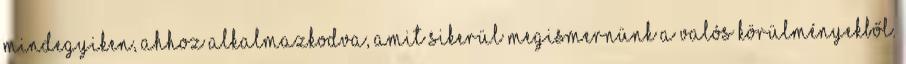
mindegyiken, ahhoz alkalmazkodva, amit sikerül megismernünk a valós körülményekből.